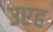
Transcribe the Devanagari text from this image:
उएह